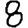
Digit: 8